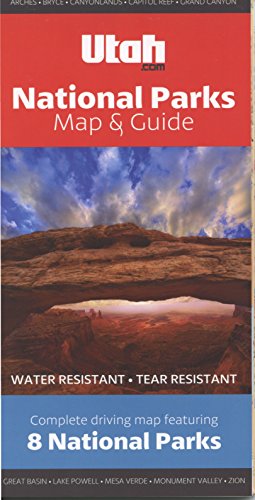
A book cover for National Parks Map & Guide Utah.com: Grand Canyon, Zion, Bryce Canyon, Arches, Canyonlands, Mesa Verde, Capitol Reef, and Great Basin; Utah.com; Travel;